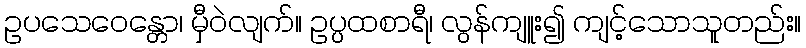
ဥပသေဝေန္တော၊ မှီဝဲလျက်။ ဥပ္ပထစာရီ၊ လွန်ကျူး၍ ကျင့်သောသူတည်း။